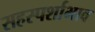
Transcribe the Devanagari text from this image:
सहस्पर्शाभाव